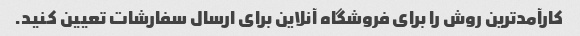
کارآمدترین روش را برای فروشگاه آنلاین برای ارسال سفارشات تعیین کنید.